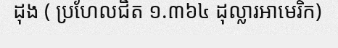
ដុង ( ប្រហែលជិត ១.៣៦៤ ដុល្លារអាមេរិក)